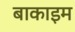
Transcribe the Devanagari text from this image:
बाकाइम